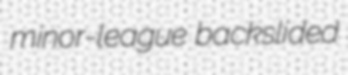
minor-league backslided